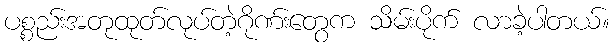
ပစ္စည်းအတုထုတ်လုပ်တဲ့ဂိုဏ်းတွေက သိမ်းပိုက် လာခဲ့ပါတယ်။